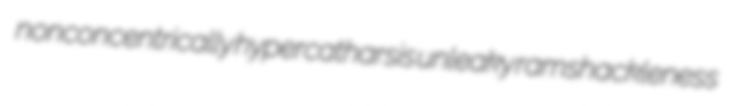
nonconcentrically hypercatharsis unleaky ramshackleness